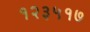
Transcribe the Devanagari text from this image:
१२३५१७